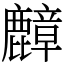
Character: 𪋟